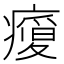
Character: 𭼬